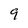
Character: 9